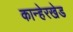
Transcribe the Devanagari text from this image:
कान्हेरखेड